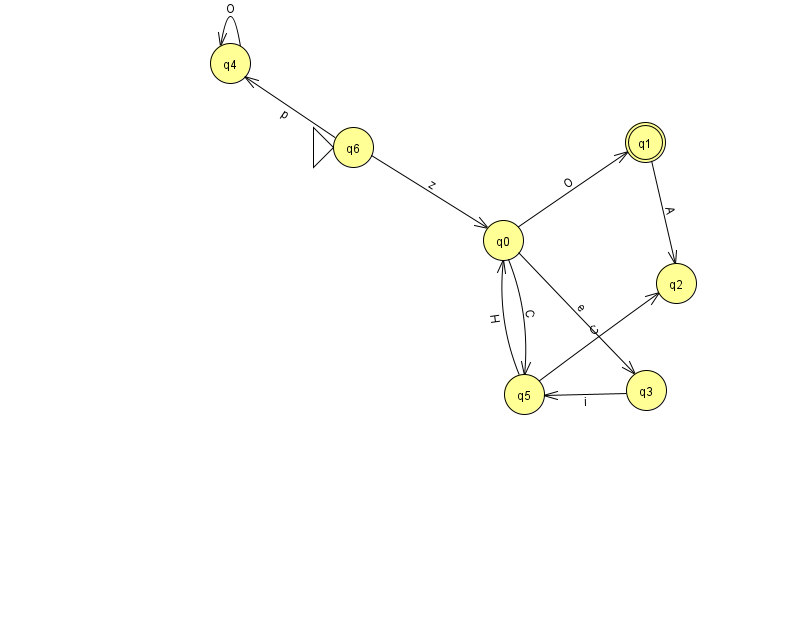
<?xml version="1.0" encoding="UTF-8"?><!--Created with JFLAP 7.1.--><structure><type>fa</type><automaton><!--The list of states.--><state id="0" name="q0"><x>503.0</x><y>227.0</y></state><state id="1" name="q1"><x>645.0</x><y>129.0</y><final/></state><state id="2" name="q2"><x>676.0</x><y>270.0</y></state><state id="3" name="q3"><x>646.0</x><y>377.0</y></state><state id="4" name="q4"><x>230.0</x><y>50.0</y></state><state id="5" name="q5"><x>524.0</x><y>381.0</y></state><state id="6" name="q6"><x>353.0</x><y>134.0</y><initial/></state><!--The list of transitions.--><transition><from>3</from><to>5</to><read>i</read></transition><transition><from>0</from><to>5</to><read>C</read></transition><transition><from>6</from><to>4</to><read>p</read></transition><transition><from>6</from><to>0</to><read>z</read></transition><transition><from>0</from><to>1</to><read>O</read></transition><transition><from>0</from><to>3</to><read>e</read></transition><transition><from>1</from><to>2</to><read>A</read></transition><transition><from>5</from><to>2</to><read>C</read></transition><transition><from>4</from><to>4</to><read>O</read></transition><transition><from>5</from><to>0</to><read>H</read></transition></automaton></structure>